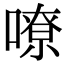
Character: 嘹